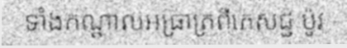
ទាំងកណ្តាលអធ្រាត្រពីភេសជ្ជៈប៉ូវ